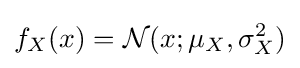
f_{X}(x)={\mathcal {N}}(x;\mu _{X},\sigma _{X}^{2})